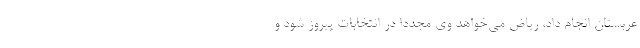
عربستان انجام داد، ریاض می‌خواهد وی مجددا در انتخابات پیروز شود و